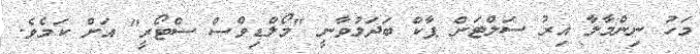
މަހު ނިންމާލާ އިރު ސަލްޓަން ޕާކް ބަދަލުވާނީ "މޯލްޑިވްސް ސްޓޯރީ" އަށް ކަމެވެ.